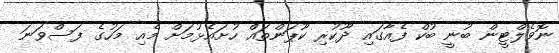
ނޮވެލްޓީން ބުނީ ބުކް ފެއާގައި ދޫކުރި ކޫޕަންތައް ހުށައެޅުމަށް މެއި މަހުގެ ފަސްވަނަ